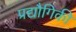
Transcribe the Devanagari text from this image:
प्रद्यौगिकी